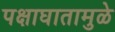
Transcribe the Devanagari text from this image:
पक्षाघातामुळे